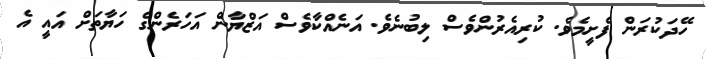
ހޭދަކުރަން ފެށީމެވެ. ކުރިއެރުންވެސް ލިބުނެވެ. އަނެއްކާވެސް އަޒްޔާން އަހަރެންގެ ހަޔާތަށް އައީ އެ